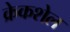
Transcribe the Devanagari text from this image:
क्रेकशेल